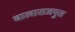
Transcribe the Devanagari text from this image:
बालाराजपुरा